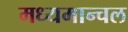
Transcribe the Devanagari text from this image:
मध्यमान्चल